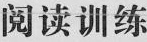
阅读训练